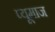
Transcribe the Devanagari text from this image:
प्यूमाज